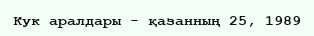
Кук аралдары - қазанның 25, 1989